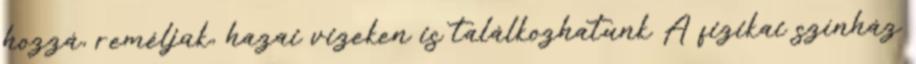
hozzá, reméljük, hazai vizeken is találkozhatunk A fizikai színház